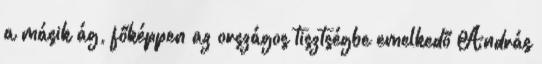
a másik ág, főképpen az országos tisztségbe emelkedő András